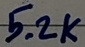
Text: 5.2K